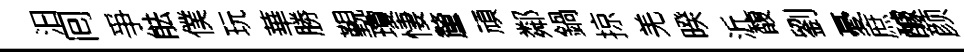
汩囘爭䏻僕玩華勝覲瓊悽釐頑鄰鍋掠羌暌沂馥劉憂庶醵颜